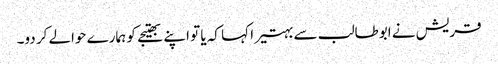
قریش نے ابوطالب سے بہتیرا کہا کہ یا تو اپنے بھتیجے کو ہمارے حوالے کر دو۔